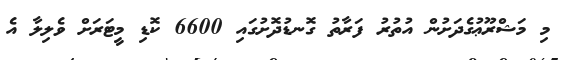
މި މަޝްރޫޢުގެދަށުން އުތުރު ފަރާތު ގޮނޑުދޮށުގައި 6600 ކޮޑި މީޓަރަށް ވެލިލާ އެ